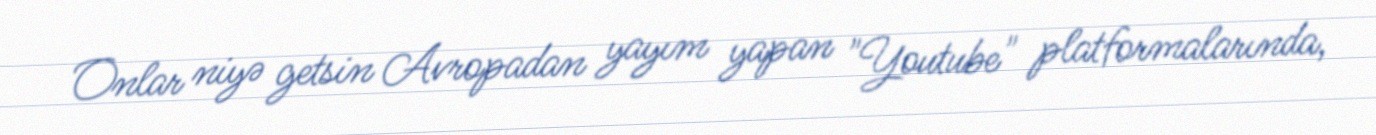
Onlar niyə getsin Avropadan yayım yapan "Youtube" platformalarında,